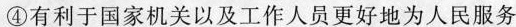
④有利于国家机关以及工作人员更好地为人民服务